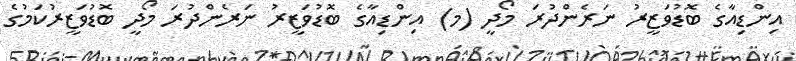
އިންޑިއާގެ ބޮޑުވަޒީރު ނަރެންދުރަ މޯދީ (މ) އިންޑިއާގެ ބޮޑުވަޒީރު ނަރެންދުރަ މޯދީ ބޮޑުވަޒީރުކަމުގެ